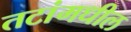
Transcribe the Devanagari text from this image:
तटांमधील